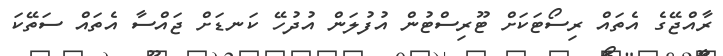
ރާއްޖޭގެ އެތައް ރިސޯޓަކަށް ޓޫރިސްޓުން އުފުލަން އުދުހޭ ކަނޑަށް ޖައްސާ އެތައް ސަތޭކަ